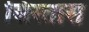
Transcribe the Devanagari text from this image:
सिस्तास